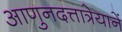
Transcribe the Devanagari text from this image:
आणुनदत्तात्रेयानें